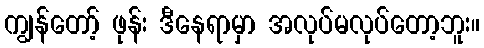
ကျွန်တော့် ဖုန်း ဒီနေရာမှာ အလုပ်မလုပ်တော့ဘူး။